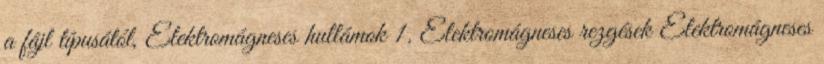
a fájl típusától, Elektromágneses hullámok 1. Elektromágneses rezgések Elektromágneses